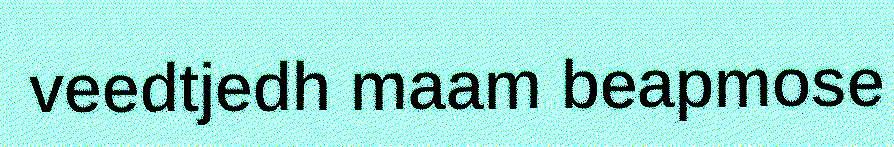
veedtjedh maam beapmose